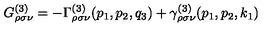
G _ { \rho \sigma \nu } ^ { ( 3 ) } = - \Gamma _ { \rho \sigma \nu } ^ { ( 3 ) } ( p _ { 1 } , p _ { 2 } , q _ { 3 } ) + \gamma _ { \rho \sigma \nu } ^ { ( 3 ) } ( p _ { 1 } , p _ { 2 } , k _ { 1 } )